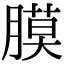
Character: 膜